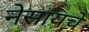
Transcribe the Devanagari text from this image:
नेसायचे